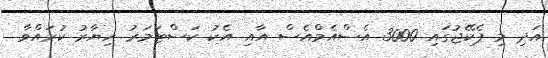
އަދި މި ޕެކޭޖުގައި 3000 އެސްއެމްއެސް އާއި އެކު ކަސްޓަމަރު ހިޔާރު ކުރައްވާ